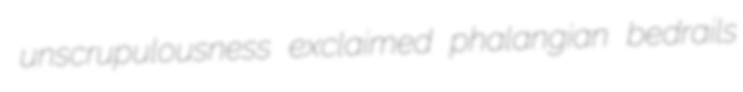
unscrupulousness exclaimed phalangian bedrails